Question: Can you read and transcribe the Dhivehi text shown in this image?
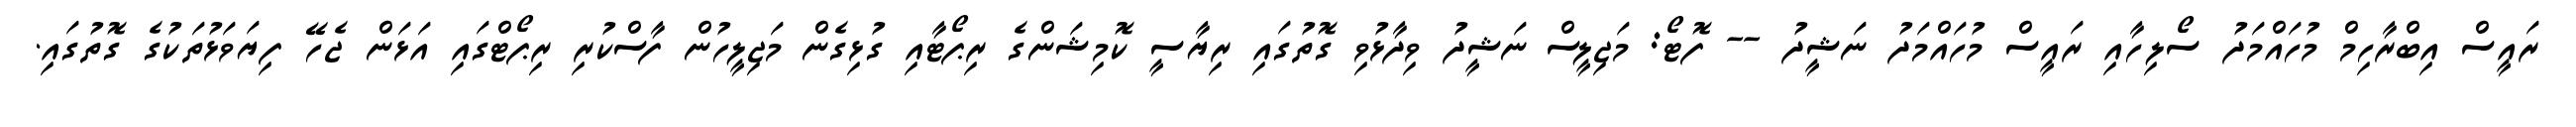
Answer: ރައީސް އިބްރާހިމް މުހައްމަދު ސޯލިހާއި ރައީސް މުހައްމަދު ނަޝީދު -- ފޮޓޯ: މަޖިލީސް ނަޝީދު ވިދާޅުވި ގޮތުގައި ރިޔާސީ ކޮމިޝަންގެ ރިޕޯޓާއި ގުޅިގެން މަޖިލީހުން ފާސްކުރި ރިޕޯޓްގައި އަޅަން ޖެހޭ ފިޔަވަޅުތަކުގެ ގޮތުގައި.